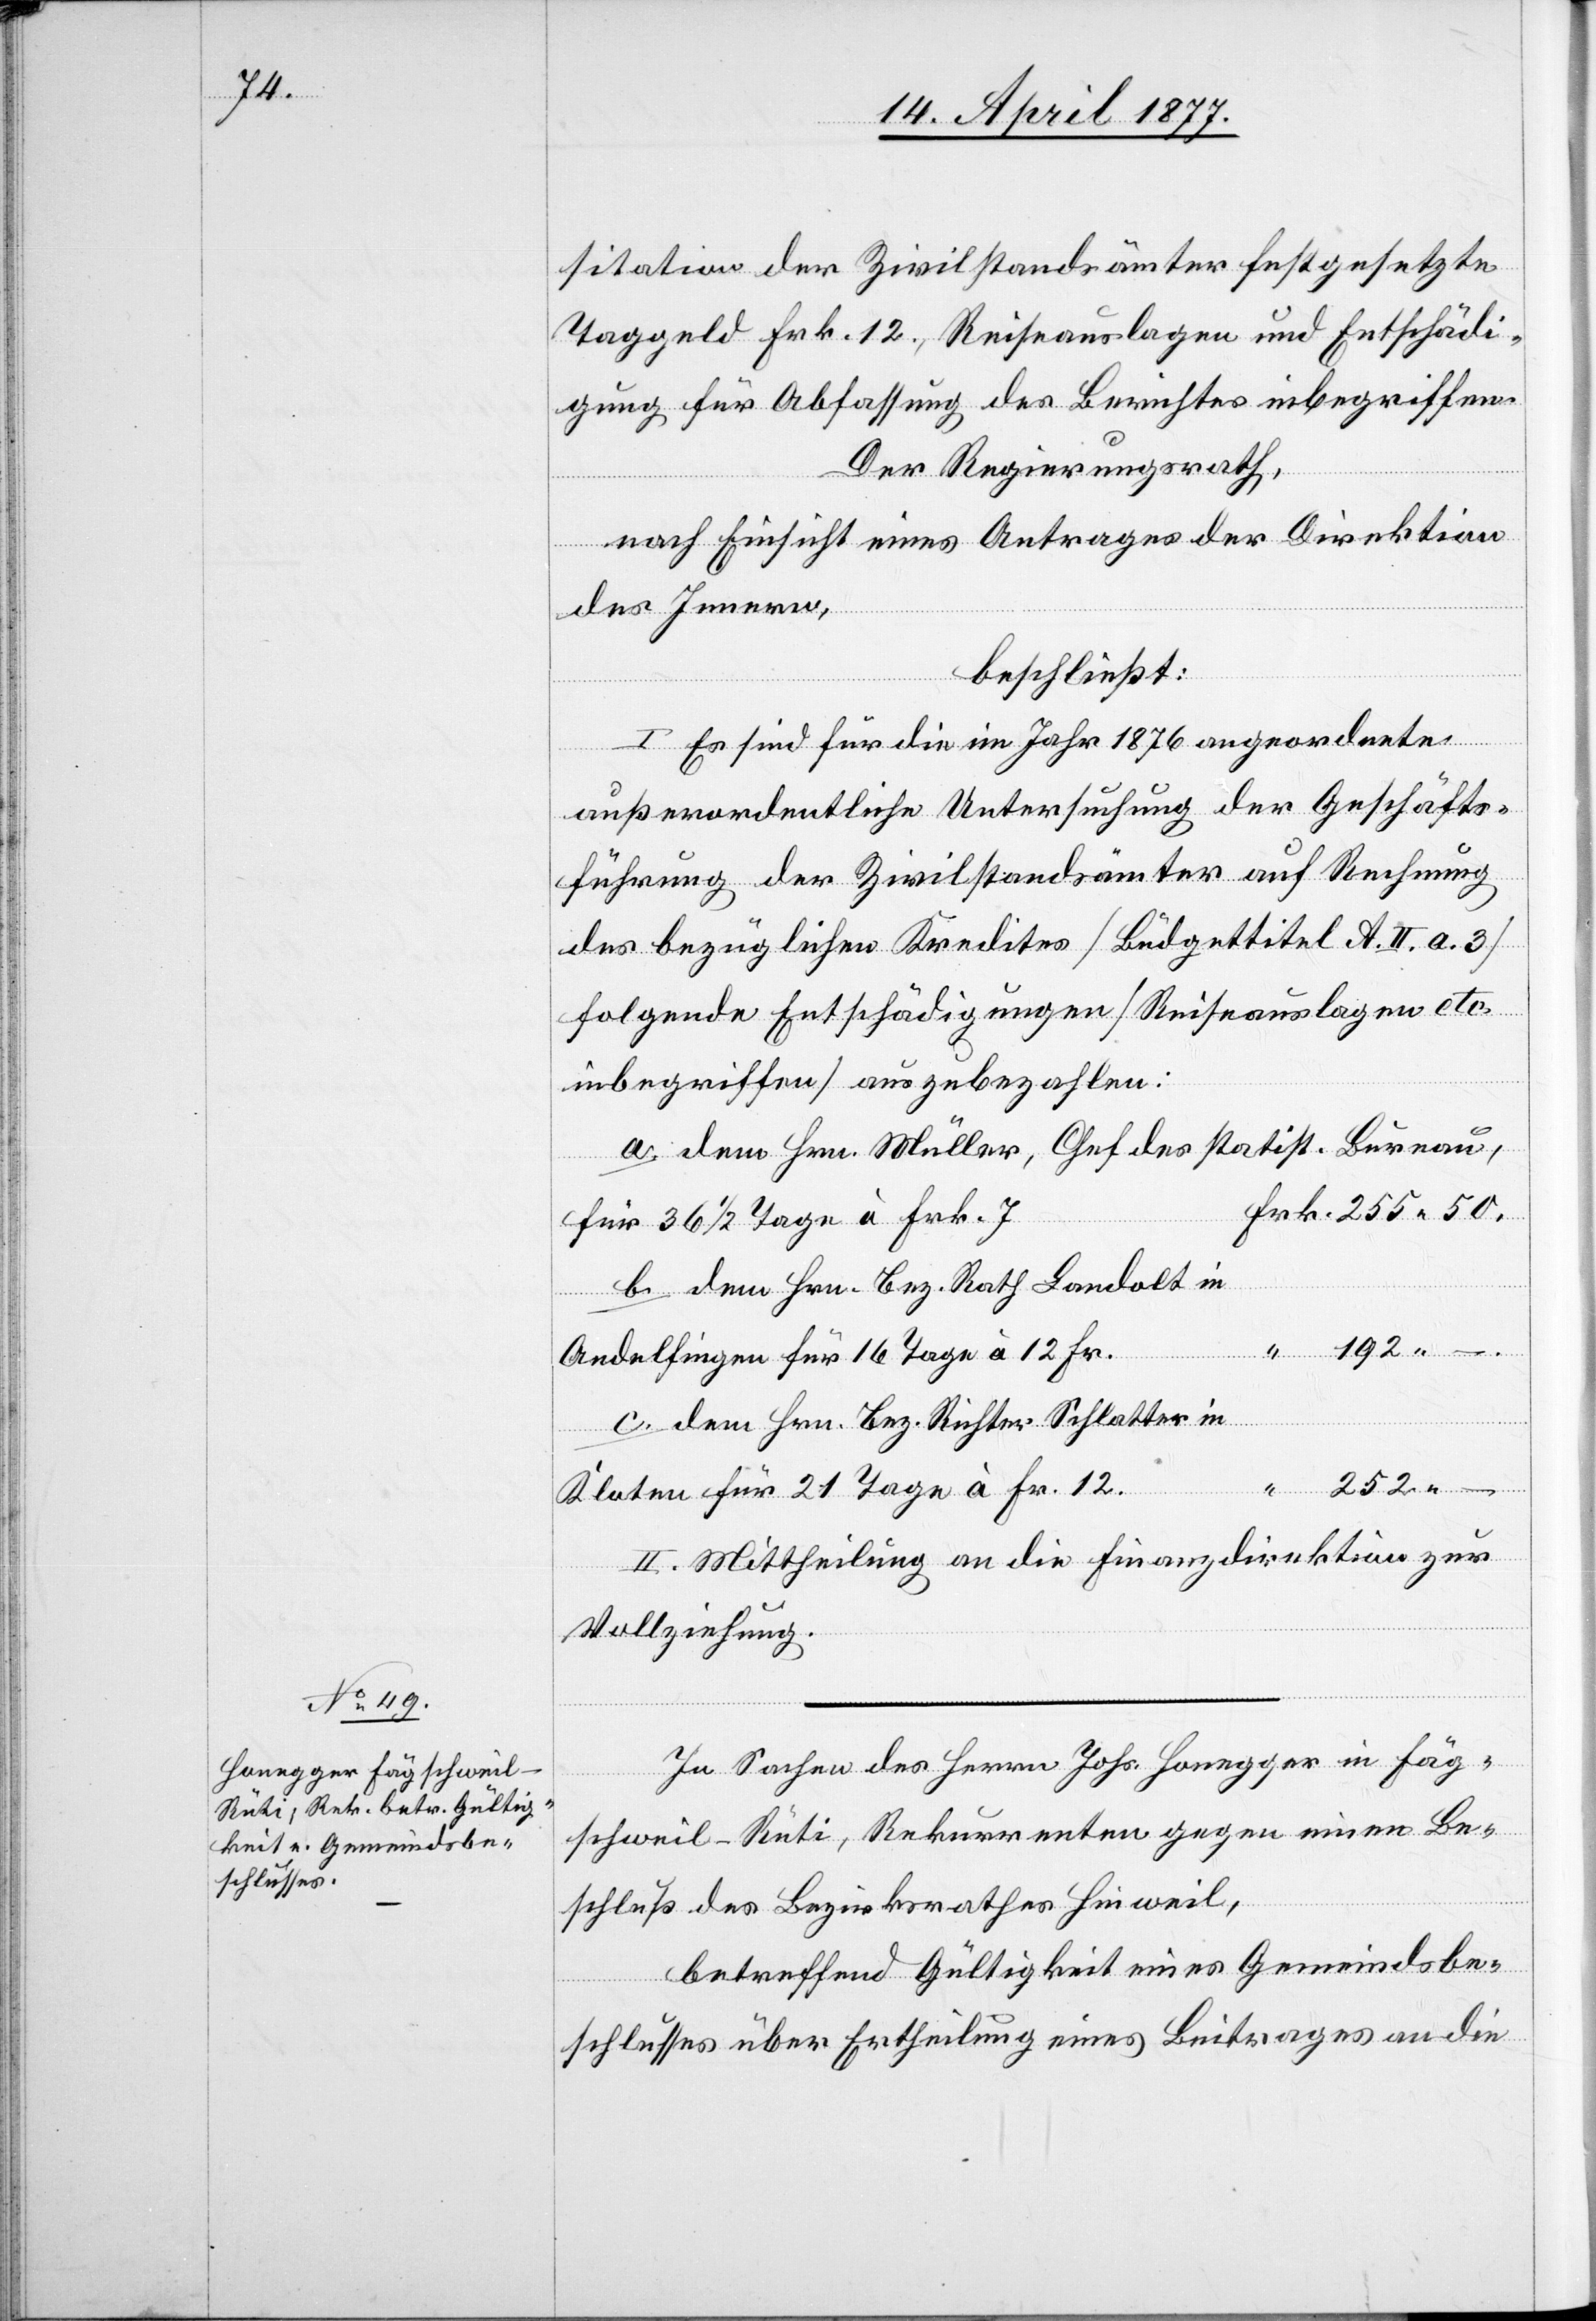
sitation der Zivilstandsämter festgesetzte
Taggeld Frk. 12, Reiseauslagen und Entschädi¬
gung für Abfassung des Berichtes inbegriffen.
Der Regierungsrath,
nach Einsicht eines Antrages der Direktion
des Innern,
beschließt:
I. Es sind für die im Jahr 1876 angeordnete
außerordentliche Untersuchung der Geschäfts¬
führung der Zivilstandsämter auf Rechnung
des bezüglichen Kredites [Büdgettitel A. II. a. 3]
folgende Entschädigungen [Reiseauslagen etc.
inbegriffen] auszubezahlen:
a. dem Hrn. Müller, Chef des statist. Bureau,
für 36 1/2 Tage à Frk. 7
b. dem Hrn. Bez. Rath Landolt in
192 –.
Andelfingen für 16 Tage à 12. Fr.
c. dem Hrn. Bez. Richter Schlatter in
–.
Kloten für 21 Tage à Fr. 12.
II. Mittheilung an die Finanzdirektion zur
Vollziehung.
In Sachen des Herrn Johs. Honegger in Fäg¬
schweil - Rüti, Rekurrenten gegen einen Be¬
schluß des Bezirksrathes Hinweil,
betreffend Gültigkeit eines Gemeindsbe¬
schlusses über Ertheilung eines Beitrages an die